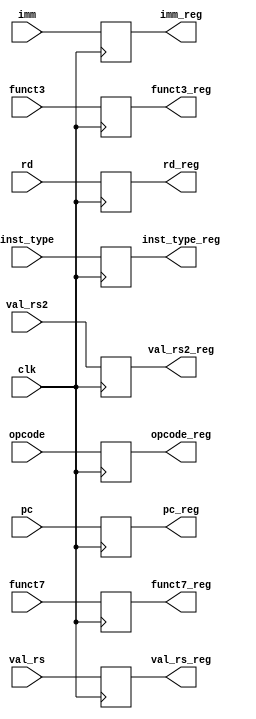
`timescale 1ns / 1ps
//////////////////////////////////////////////////////////////////////////////////
// Company: 
// Engineer: 
// 
// Design Name: 
// Module Name: ID/EX Register
// Project Name: RV32I CPU
// Target Devices: pynq
// Tool Versions: 
// Description: 
// 
// Dependencies: 
// 
// Revision:
// Revision 0.01 - File Created
// Additional Comments:
// 
//////////////////////////////////////////////////////////////////////////////////


module ID_EX(
    input [31:0] pc,
    input [2:0] inst_type,
    input [2:0] funct3,
    input [5:0] funct7,
    input [31:0] imm,
    input [31:0] val_rs,
    input [31:0] val_rs2,
    input [4:0] rd,
    input [6:0] opcode,
    input clk,

    output reg [31:0] pc_reg,
    output reg [2:0] inst_type_reg,
    output reg [2:0] funct3_reg,
    output reg [5:0] funct7_reg,
    output reg [31:0] imm_reg,
    output reg [31:0] val_rs_reg,
    output reg [31:0] val_rs2_reg,
    output reg [4:0] rd_reg,
    output reg [6:0] opcode_reg
    );

    always @(negedge clk) begin
        pc_reg <= pc;
        inst_type_reg <= inst_type;
        funct3_reg <= funct3;
        funct7_reg <= funct7;
        imm_reg <= imm;
        val_rs_reg <= val_rs;
        val_rs2_reg <= val_rs2;
        rd_reg <= rd;
        opcode_reg <= opcode;
    end

endmodule